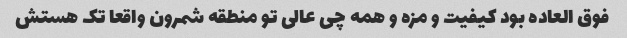
فوق العاده بود کیفیت و مزه و همه چی عالی تو منطقه شمرون واقعا تک هستش